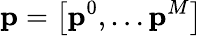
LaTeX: \mathbf{p}=\left[\mathbf{p}^{0},\dots\mathbf{p}^{M}\right]